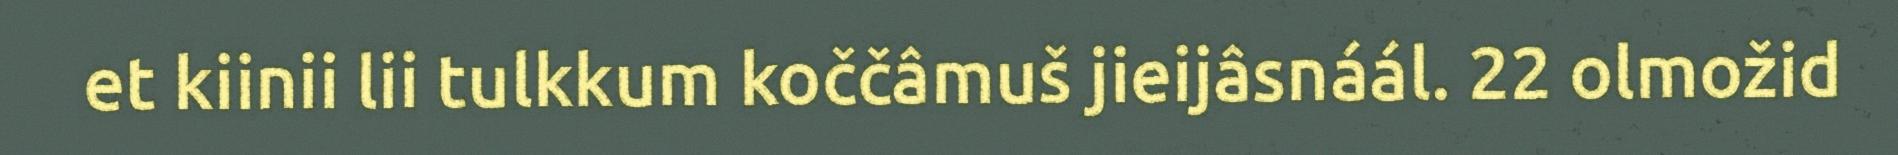
et kiinii lii tulkkum koččâmuš jieijâsnáál. 22 olmožid